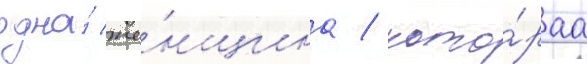
одна́ же́нщина / кото́раа